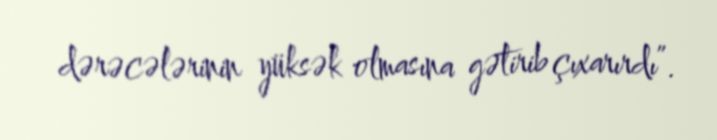
dərəcələrinin yüksək olmasına gətirib çıxarırdı”.